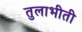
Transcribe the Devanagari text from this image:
तुलाभीती